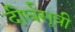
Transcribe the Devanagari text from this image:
दीर्घसूत्री